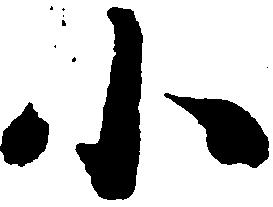
小